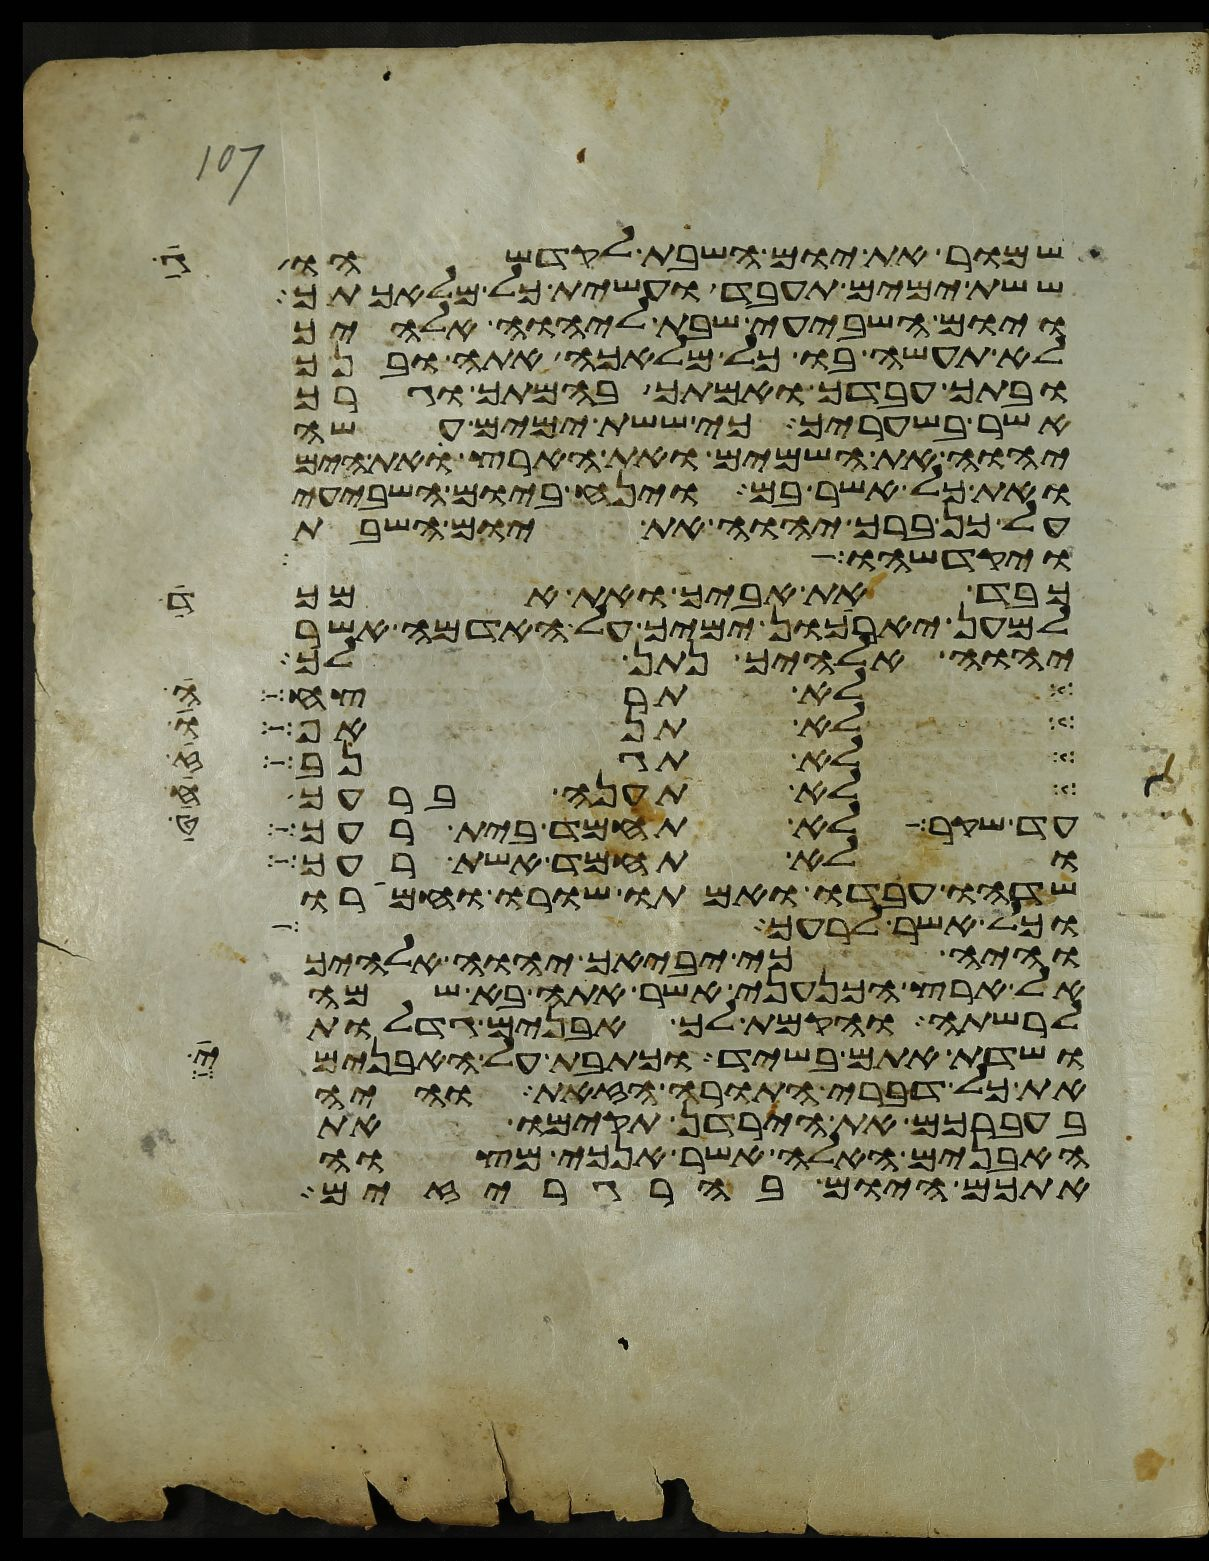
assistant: שמור את יום השבת לקדשהו
ששת ימים תעבד ועשית כל מלאכתך
ויום השביעי שבת ליהוה אלהיך
לא תעשה בו כל מלאכה אתה ובנך
ובתך עבדך ואמתך בהמתך וגרך
אשר בשעריך כי ששת ימים עשה
יהוה את השמים ואת הארץ את הים
ואת כל אשר בם וינח ביום השביעי
על כן ברך יהוה את יום השבת
ויקדשהו
כבד את אביך ואת אמך
למען יארכון ימיך על האדמה אשר
יהוה אלהיך נתן לך
לא תרצח
לא תראו
לא תגנב
לא תענה ברעך
עד שקר לא תחמד בית רעך
ולא תחמד אשת רעך
שדהו עבדו ואמתו שורו וחמרו
וכל אשר לרעך
והיה כי יביאך יהוה אלהיך
אל ארץ הכנעני אשר אתה בא שמה
לרשתה והקמת לך אבנים גדלות
ושדת אתם בשיד וכתבת על האבנים
את כל דברי התורה הזאת והיה
בעברכם את הירדן תקימו את
האבנים האלה אשר אנכי מצוה
אתכם היום בהרגריזים